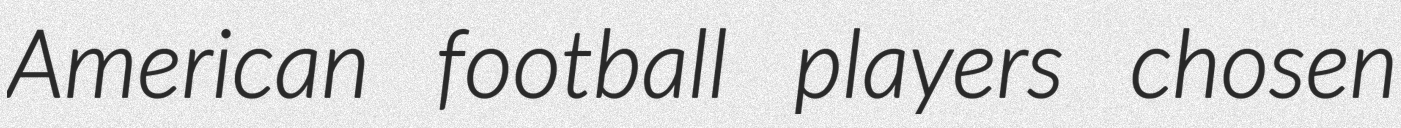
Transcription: American football players chosen